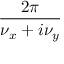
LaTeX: \frac { 2 \pi } { \nu _ { x } + i \nu _ { y } }